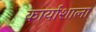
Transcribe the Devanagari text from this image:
कार्याशाला